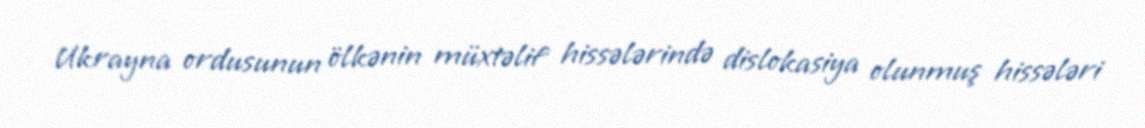
Ukrayna ordusunun ölkənin müxtəlif hissələrində dislokasiya olunmuş hissələri